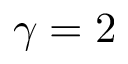
\gamma = 2